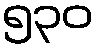
၅၃၀